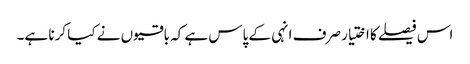
اس فیصلے کا اختیار صرف انہی کے پاس ہے کہ باقیوں نے کیا کرنا ہے۔